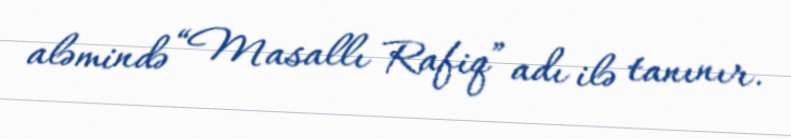
aləmində “Masallı Rafiq” adı ilə tanınır.